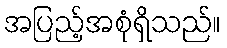
အပြည့်အစုံရှိသည်။